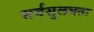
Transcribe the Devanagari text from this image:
सर्वसुलभता